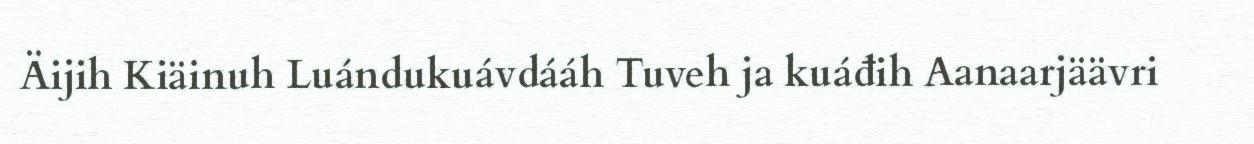
Äijih Kiäinuh Luándukuávdááh Tuveh ja kuáđih Aanaarjäävri